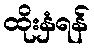
ထိုးနှံရန်